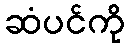
ဆံပင်ကို